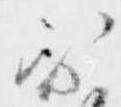
不